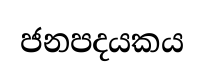
ජනපදයකය